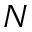
N